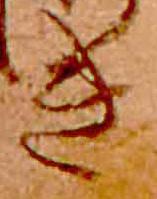
き